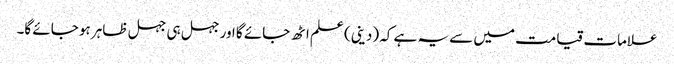
علامات قیامت میں سے یہ ہے کہ (دینی) علم اٹھ جائے گا اور جہل ہی جہل ظاہر ہو جائے گا۔